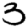
Digit: 3